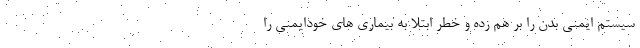
سیستم ایمنی بدن را بر هم زده و خطر ابتلا به بیماری های خودایمنی را